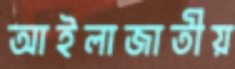
আইলাজাতীয়